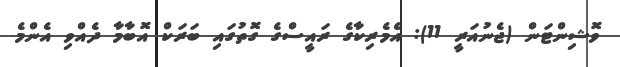
ވޮޝިންޓަން (ޖެނުއަރީ 11): އެމެރިކާގެ ރައީސްގެ ގޮތުގައި ބަރަކް އޮބާމާ ދެއްވި އެންމެ